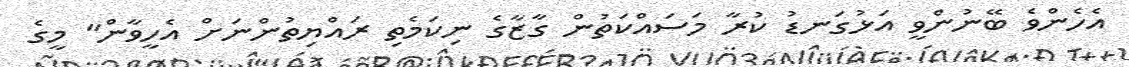
އެހެންވެ ބޭނުންވީ އަޅުގަނޑު ކުރާ މަސައްކަތުން ގާޒާގެ ނިކަމެތި ރައްޔިތުންނަށް އެހީވާން" މީގެ